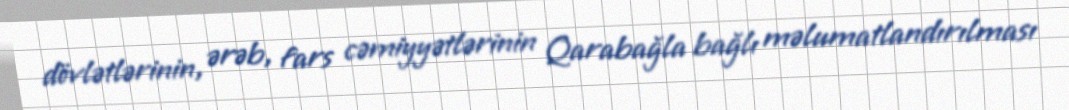
dövlətlərinin, ərəb, fars cəmiyyətlərinin Qarabağla bağlı məlumatlandırılması